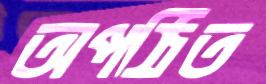
অপঠিত